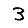
Digit: 3